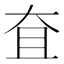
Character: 㚗